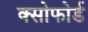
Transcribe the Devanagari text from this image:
क्सोफोर्ड